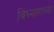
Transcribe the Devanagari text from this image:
विघ्नहराच्या